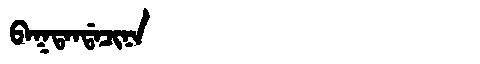
Manchu: ᠪᠠᡴᡨᠠᠨᡩᠠᠴᡳᠨᠠ
Romanization: BAKTANDACINA